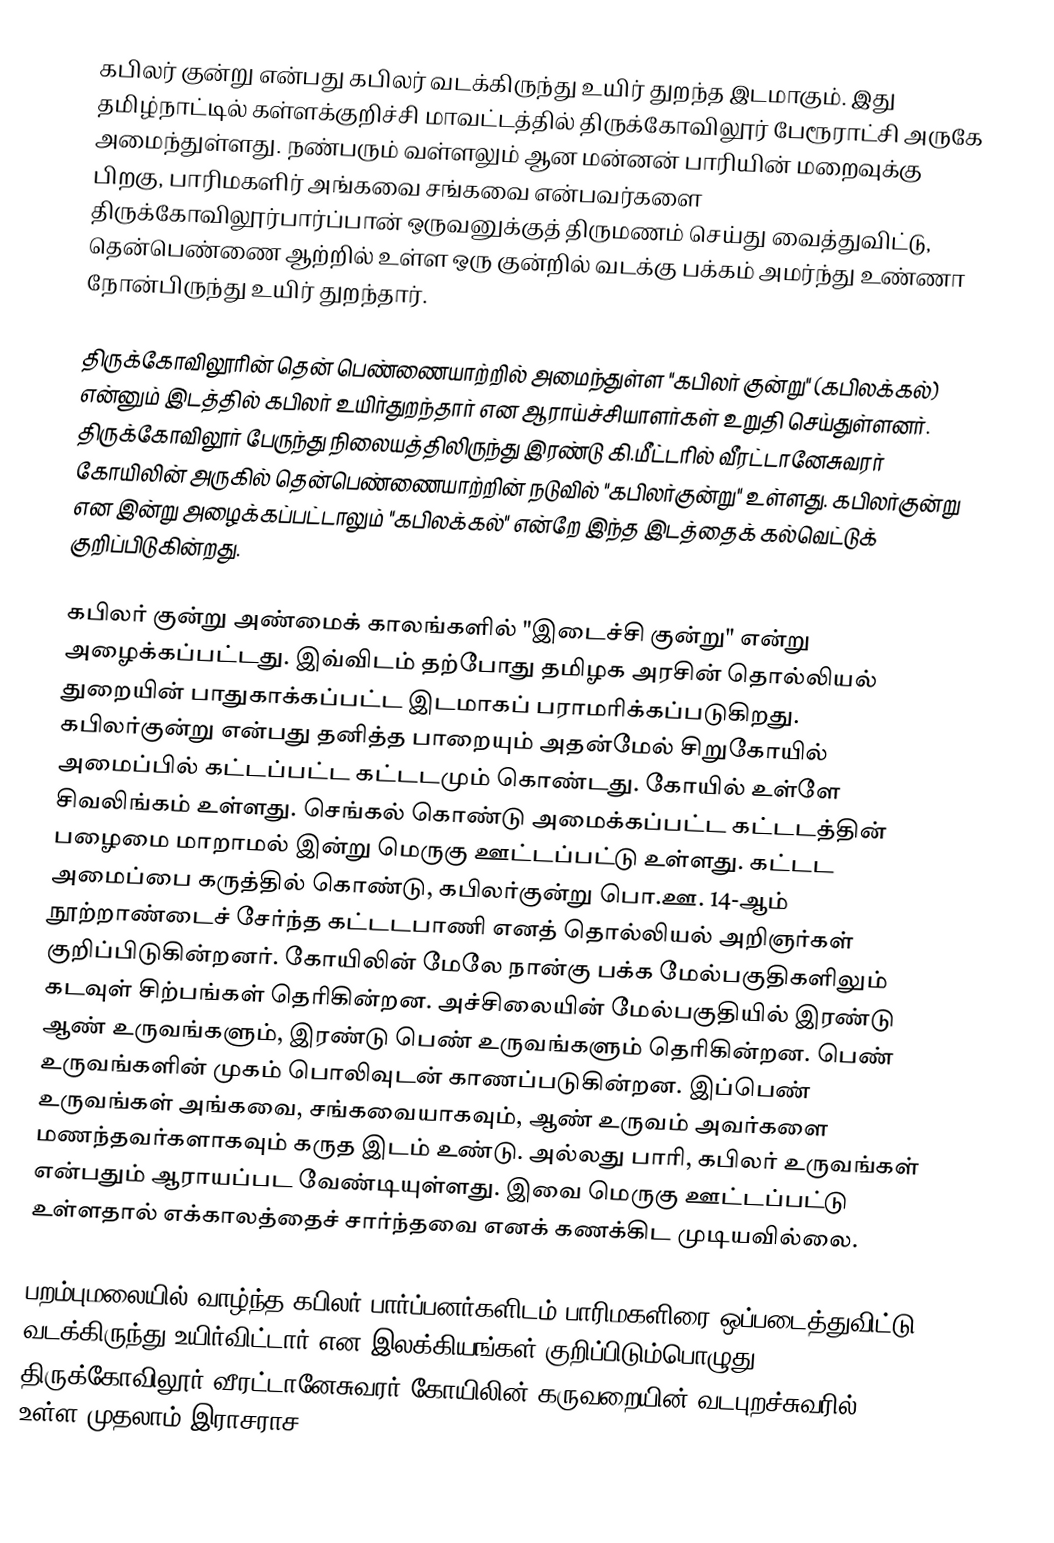
கபிலர் குன்று என்பது கபிலர் வடக்கிருந்து உயிர் துறந்த இடமாகும். இது தமிழ்நாட்டில் கள்ளக்குறிச்சி மாவட்டத்தில் திருக்கோவிலூர் பேரூராட்சி அருகே அமைந்துள்ளது. நண்பரும் வள்ளலும் ஆன மன்னன் பாரியின் மறைவுக்கு பிறகு, பாரிமகளிர் அங்கவை சங்கவை என்பவர்களை திருக்கோவிலூர்பார்ப்பான் ஒருவனுக்குத் திருமணம் செய்து வைத்துவிட்டு, தென்பெண்ணை ஆற்றில் உள்ள ஒரு குன்றில் வடக்கு பக்கம் அமர்ந்து உண்ணா நோன்பிருந்து உயிர் துறந்தார்.

திருக்கோவிலூரின் தென் பெண்ணையாற்றில் அமைந்துள்ள "கபிலர் குன்று" (கபிலக்கல்) என்னும் இடத்தில் கபிலர் உயிர்துறந்தார் என ஆராய்ச்சியாளர்கள் உறுதி செய்துள்ளனர். திருக்கோவிலூர் பேருந்து நிலையத்திலிருந்து இரண்டு கி.மீட்டரில் வீரட்டானேசுவரர் கோயிலின் அருகில் தென்பெண்ணையாற்றின் நடுவில் "கபிலர்குன்று" உள்ளது. கபிலர்குன்று என இன்று அழைக்கப்பட்டாலும் "கபிலக்கல்" என்றே இந்த இடத்தைக் கல்வெட்டுக் குறிப்பிடுகின்றது.

கபிலர் குன்று அண்மைக் காலங்களில் "இடைச்சி குன்று" என்று அழைக்கப்பட்டது. இவ்விடம் தற்போது தமிழக அரசின் தொல்லியல் துறையின் பாதுகாக்கப்பட்ட இடமாகப் பராமரிக்கப்படுகிறது. கபிலர்குன்று என்பது தனித்த பாறையும் அதன்மேல் சிறுகோயில் அமைப்பில் கட்டப்பட்ட கட்டடமும் கொண்டது. கோயில் உள்ளே சிவலிங்கம் உள்ளது. செங்கல் கொண்டு அமைக்கப்பட்ட கட்டடத்தின் பழைமை மாறாமல் இன்று மெருகு ஊட்டப்பட்டு உள்ளது. கட்டட அமைப்பை கருத்தில் கொண்டு, கபிலர்குன்று பொ.ஊ. 14-ஆம் நூற்றாண்டைச் சேர்ந்த கட்டடபாணி எனத் தொல்லியல் அறிஞர்கள் குறிப்பிடுகின்றனர். கோயிலின் மேலே நான்கு பக்க மேல்பகுதிகளிலும் கடவுள் சிற்பங்கள் தெரிகின்றன. அச்சிலையின் மேல்பகுதியில் இரண்டு ஆண் உருவங்களும், இரண்டு பெண் உருவங்களும் தெரிகின்றன. பெண் உருவங்களின் முகம் பொலிவுடன் காணப்படுகின்றன. இப்பெண் உருவங்கள் அங்கவை, சங்கவையாகவும், ஆண் உருவம் அவர்களை மணந்தவர்களாகவும் கருத இடம் உண்டு. அல்லது பாரி, கபிலர் உருவங்கள் என்பதும் ஆராயப்பட வேண்டியுள்ளது. இவை மெருகு ஊட்டப்பட்டு உள்ளதால் எக்காலத்தைச் சார்ந்தவை எனக் கணக்கிட முடியவில்லை.

பறம்புமலையில் வாழ்ந்த கபிலர் பார்ப்பனர்களிடம் பாரிமகளிரை ஒப்படைத்துவிட்டு வடக்கிருந்து உயிர்விட்டார் என இலக்கியங்கள் குறிப்பிடும்பொழுது திருக்கோவிலூர் வீரட்டானேசுவரர் கோயிலின் கருவறையின் வடபுறச்சுவரில் உள்ள முதலாம் இராசராச